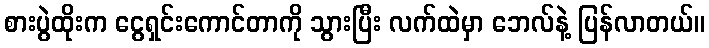
စားပွဲထိုးက ငွေရှင်းကောင်တာကို သွားပြီး လက်ထဲမှာ ဘေလ်နဲ့ ပြန်လာတယ်။